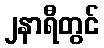
၂နာရီတွင်